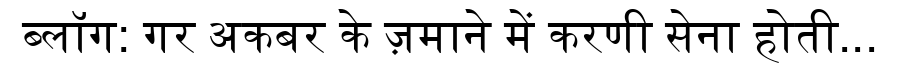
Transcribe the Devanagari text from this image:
ब्लॉग: गर अकबर के ज़माने में करणी सेना होती...